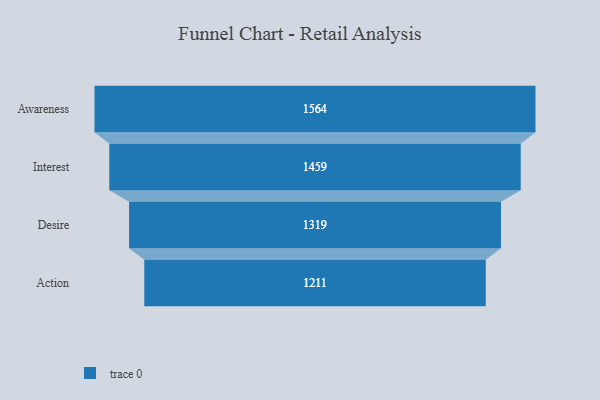
{"axis": {"x": "Stage", "y": "Value"}, "legend": [""], "data": [{"x": "Awareness", "y": 1564.0, "type": ""}, {"x": "Interest", "y": 1459.0, "type": ""}, {"x": "Desire", "y": 1319.0, "type": ""}, {"x": "Action", "y": 1211.0, "type": ""}]}